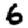
Digit: 6